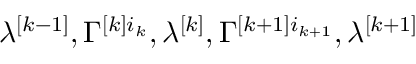
\lambda ^ { [ k - 1 ] } , \Gamma ^ { [ k ] i _ { k } } , \lambda ^ { [ k ] } , \Gamma ^ { [ k + 1 ] i _ { k + 1 } } , \lambda ^ { [ k + 1 ] }